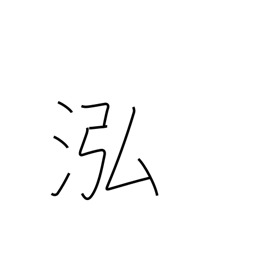
Meaning: deep clear water